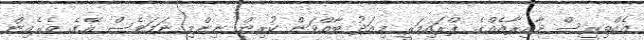
އެއްތިރީސް ދާއިރާއެއްގެ ޕްރައިމަރީ މިއަދު ބާއްވަން ކުރިން ނިންމި ނަމަވެސް އޭގެ ތެރެއިން